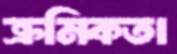
ক্রমিকতা